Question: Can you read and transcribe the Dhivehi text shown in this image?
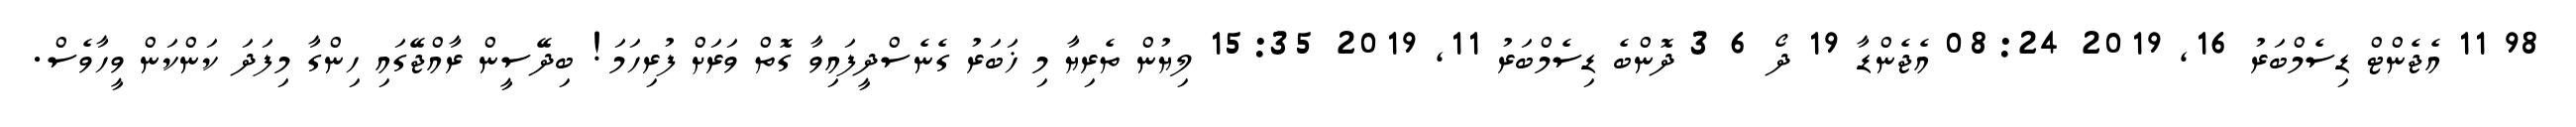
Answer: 98 11 އެޖެންޓް ޑިސެމްބަރު 16, 2019 08:24 އެޖެންޑާ 19 ދޯ 6 3 ދޮންބެ ޑިސެމްބަރު 11, 2019 15:35 ލިޔުން ތެރިޔާ މި ޚަބަރު ގެނެސްދީފައިވާ ގޮތް ވަރަށް ފުރިހަމަ! ބިދޭސީން ރާއްޖޭގައި ހިންގާ މިފަދަ ކަންކަން ވީހާވެސް.